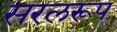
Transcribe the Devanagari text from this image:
सरलरूप